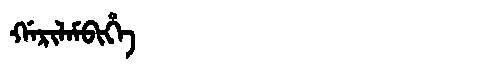
Manchu: ᡤᠠᡵᡳᠯᠠᠮᠪᡳᡥᡝ
Romanization: GARILAMBIHE